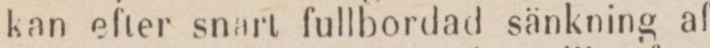
kan efter snart fullbordad sänkning af